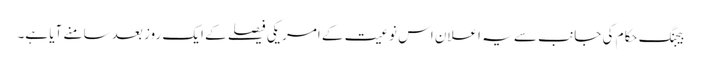
بیجنگ حکام کی جانب سے یہ اعلان اس نوعیت کے امریکی فیصلے کے ایک روز بعد سامنے آیا ہے۔